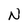
Character: N